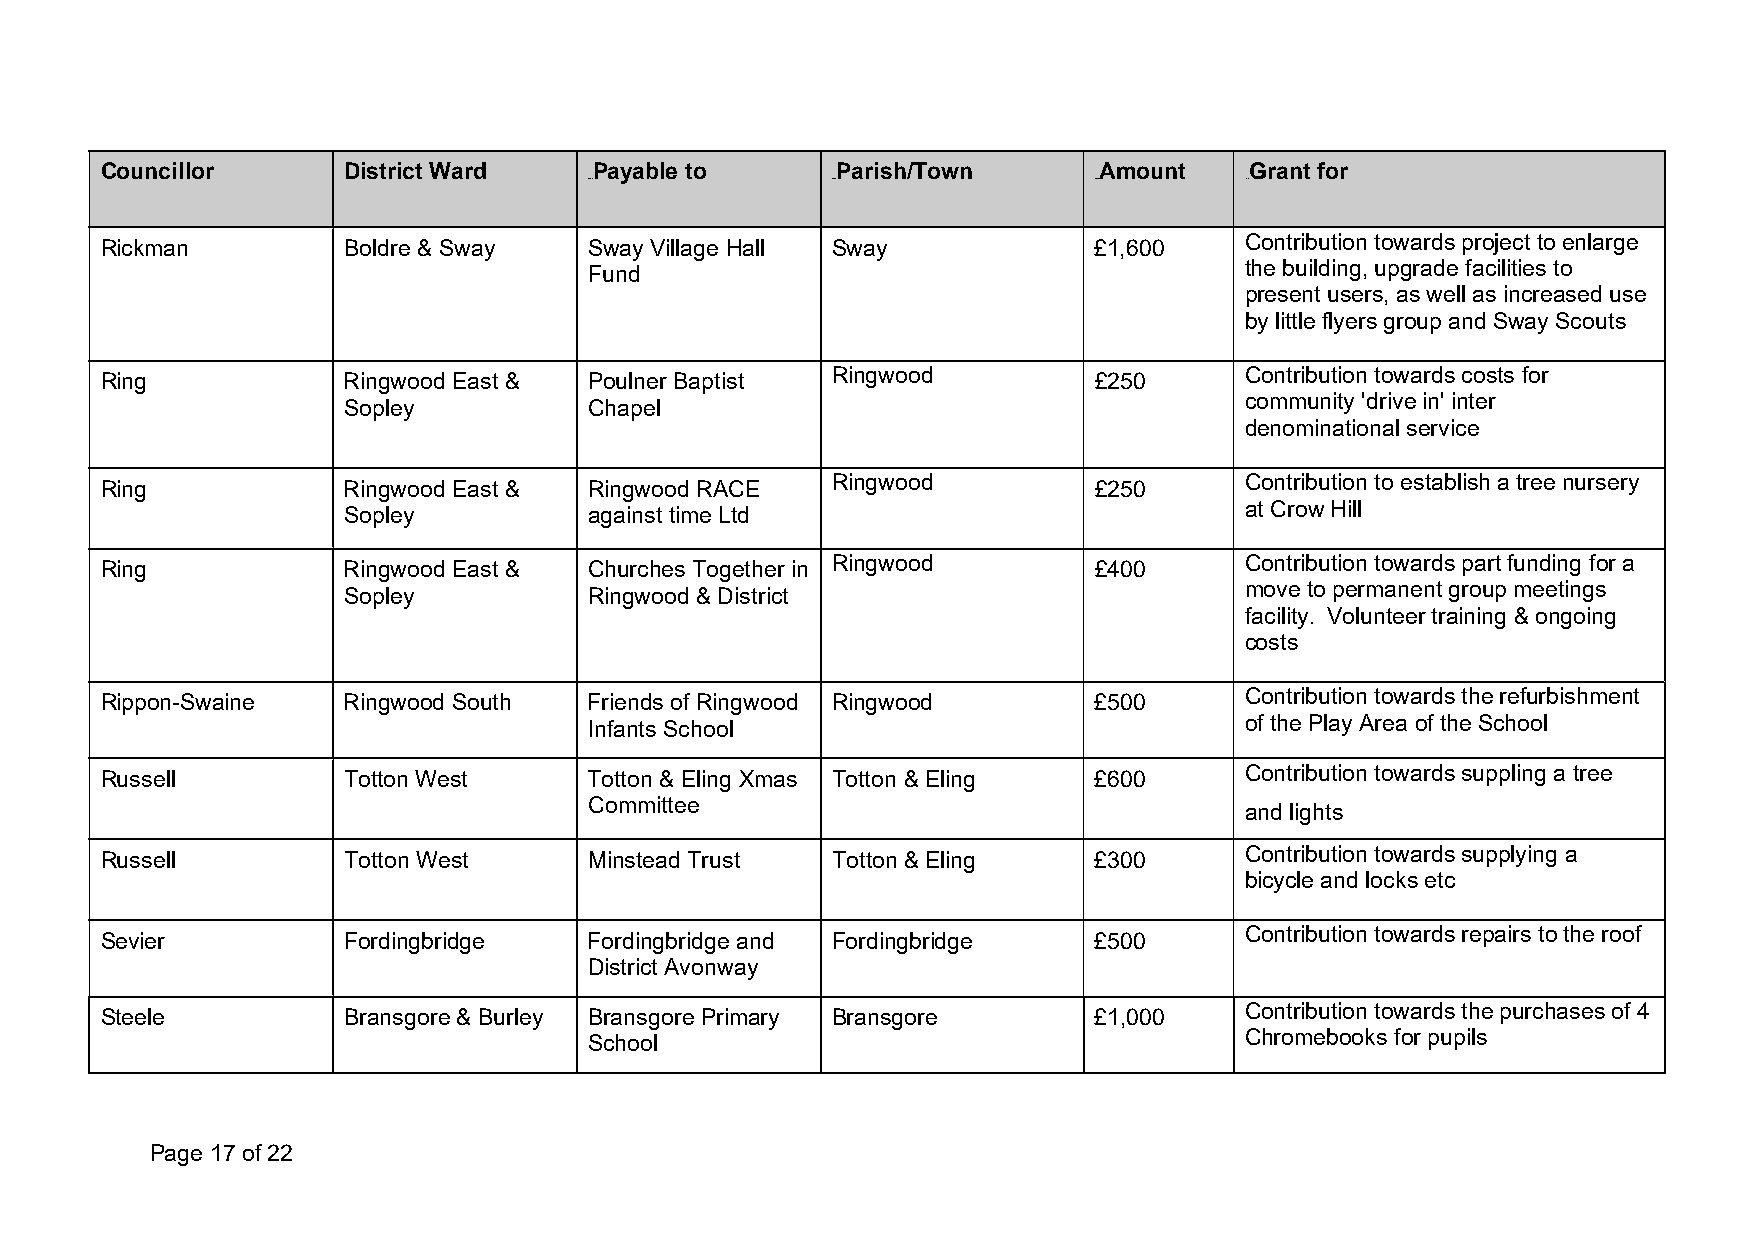
Councillor      District Ward   Payable to      Parish/Town       Amount    Grant for
 0B0B            1B1B             2B2B      3B3B
 Rickman         Boldre & Sway   Sway Village Hall Sway           £1,600    Contribution towards project to enlarge
 Fund                                       the building, upgrade facilities to
 present users, as well as increased use
 by little flyers group and Sway Scouts
 Ring            Ringwood East & Poulner Baptist Ringwood         £250      Contribution towards costs for
 Sopley          Chapel                                     community 'drive in' inter
 denominational service
 Ring            Ringwood East & Ringwood RACE   Ringwood         £250      Contribution to establish a tree nursery
 Sopley          against time Ltd                           at Crow Hill
 Ring            Ringwood East & Churches Together in Ringwood    £400      Contribution towards part funding for a
 Sopley          Ringwood & District                        move to permanent group meetings
 facility. Volunteer training & ongoing
 costs
 Rippon-Swaine   Ringwood South  Friends of Ringwood Ringwood     £500      Contribution towards the refurbishment
 Infants School                             of the Play Area of the School
 Russell         Totton West     Totton & Eling Xmas Totton & Eling £600    Contribution towards suppling a tree
 Committee
 and lights
 Russell         Totton West     Minstead Trust  Totton & Eling   £300      Contribution towards supplying a
 bicycle and locks etc
 Sevier          Fordingbridge   Fordingbridge and Fordingbridge  £500      Contribution towards repairs to the roof
 District Avonway
 Steele          Bransgore & Burley Bransgore Primary Bransgore   £1,000    Contribution towards the purchases of 4
 School                                     Chromebooks for pupils
 Page 17 of 22